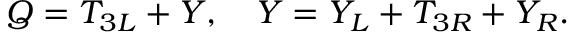
Q = T _ { 3 L } + Y , ~ ~ ~ Y = Y _ { L } + T _ { 3 R } + Y _ { R } .